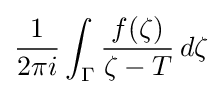
{\frac {1}{2\pi i}}\int _{\Gamma }{\frac {f(\zeta )}{\zeta -T}}\,d\zeta